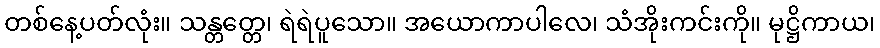
တစ်နေ့ပတ်လုံး။ သန္တတ္တေ၊ ရဲရဲပူသော။ အယောကာပါလေ၊ သံအိုးကင်းကို။ မုဋ္ဌိကာယ၊